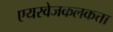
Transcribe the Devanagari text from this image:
एयरवेजकलकत्ता